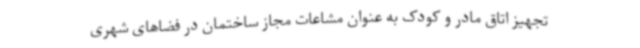
تجهیز اتاق مادر و کودک به عنوان مشاعات مجاز ساختمان در فضاهای شهری